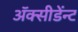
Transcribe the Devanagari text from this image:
अॅक्सीडेंन्ट